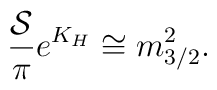
{{\cal S}\over \pi}e^{K_H}\cong m_{3/2}^2.